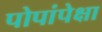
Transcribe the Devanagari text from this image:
पोपांपेक्षा